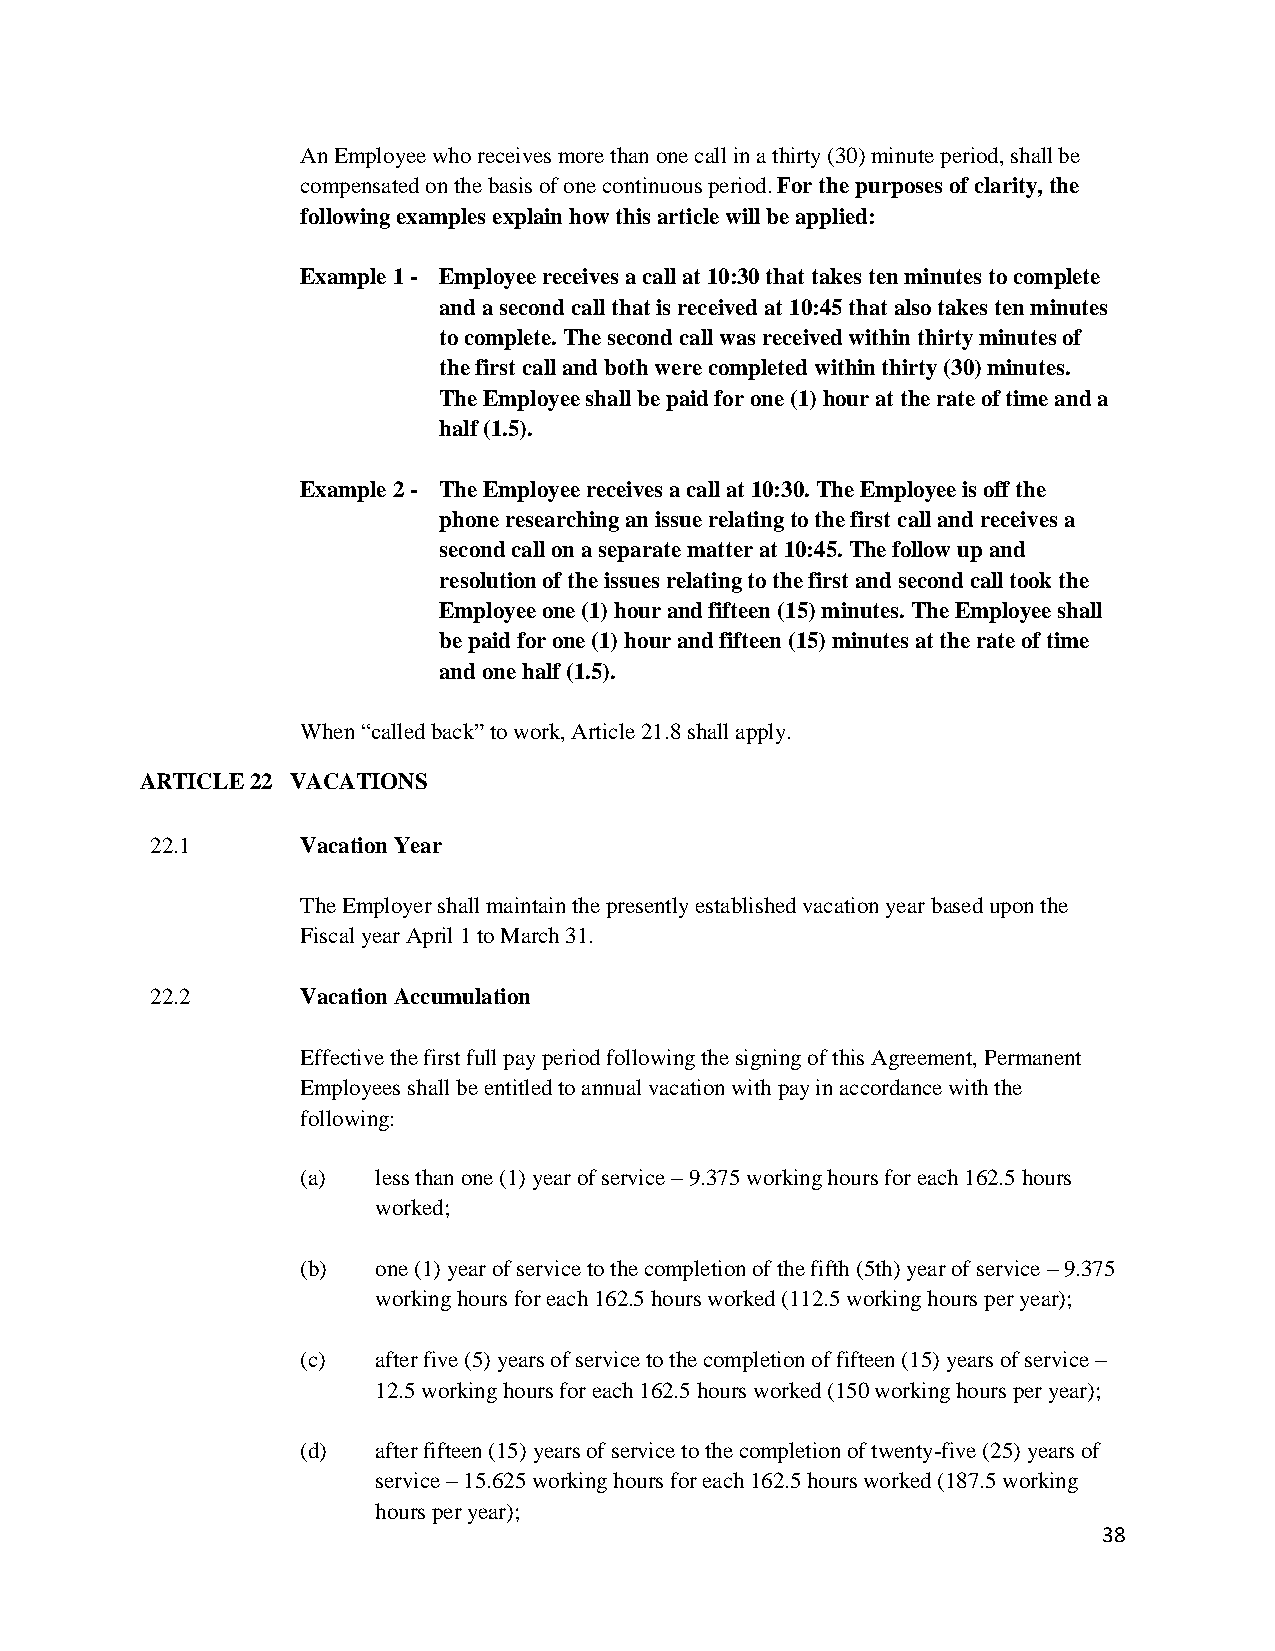
An Employee who receives more than one call in a thirty (30) minute period, shall be
 compensated on the basis of one continuous period. For the purposes of clarity, the
 following examples explain how this article will be applied:
 Example 1 - Employee receives a call at 10:30 that takes ten minutes to complete
 and a second call that is received at 10:45 that also takes ten minutes
 to complete. The second call was received within thirty minutes of
 the first call and both were completed within thirty (30) minutes.
 The Employee shall be paid for one (1) hour at the rate of time and a
 half (1.5).
 Example 2 - The Employee receives a call at 10:30. The Employee is off the
 phone researching an issue relating to the first call and receives a
 second call on a separate matter at 10:45. The follow up and
 resolution of the issues relating to the first and second call took the
 Employee one (1) hour and fifteen (15) minutes. The Employee shall
 be paid for one (1) hour and fifteen (15) minutes at the rate of time
 and one half (1.5).
 When “called back” to work, Article 21.8 shall apply.
 ARTICLE 22 VACATIONS
 22.1      Vacation Year
 The Employer shall maintain the presently established vacation year based upon the
 Fiscal year April 1 to March 31.
 22.2      Vacation Accumulation
 Effective the first full pay period following the signing of this Agreement, Permanent
 Employees shall be entitled to annual vacation with pay in accordance with the
 following:
 (a)  less than one (1) year of service – 9.375 working hours for each 162.5 hours
 worked;
 (b)  one (1) year of service to the completion of the fifth (5th) year of service – 9.375
 working hours for each 162.5 hours worked (112.5 working hours per year);
 (c)  after five (5) years of service to the completion of fifteen (15) years of service –
 12.5 working hours for each 162.5 hours worked (150 working hours per year);
 (d)  after fifteen (15) years of service to the completion of twenty-five (25) years of
 service – 15.625 working hours for each 162.5 hours worked (187.5 working
 hours per year);
 38